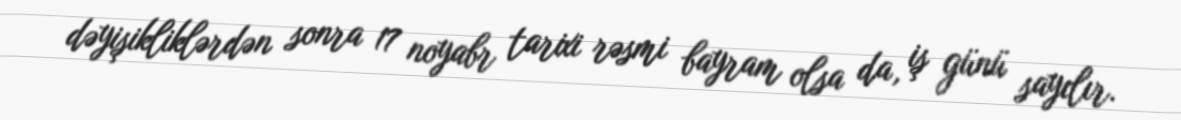
dəyişikliklərdən sonra 17 noyabr tarixi rəsmi bayram olsa da, iş günü sayılır.